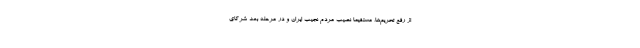
از رفع تحریم‌ها، مستقیما نصیب مردم نجیب ایران و در مرحله بعد شرکای